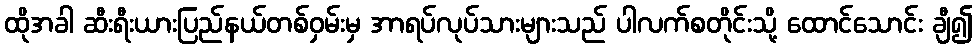
ထိုအခါ ဆီးရီးယားပြည်နယ်တစ်ဝှမ်းမှ အာရပ်လုပ်သားများသည် ပါလက်စတိုင်းသို့ ထောင်သောင်း ချီ၍